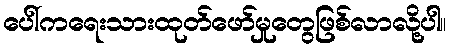
ပေါ်ကရေးသားထုတ်ဖော်မှုတွေဖြစ်လာလို့ပါ။